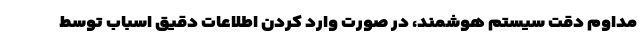
مداوم دقت سیستم هوشمند، در صورت وارد کردن اطلاعات دقیق اسباب توسط